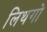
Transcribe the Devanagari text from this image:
लिथगो